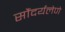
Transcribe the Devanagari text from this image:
सौंदर्यलेणे